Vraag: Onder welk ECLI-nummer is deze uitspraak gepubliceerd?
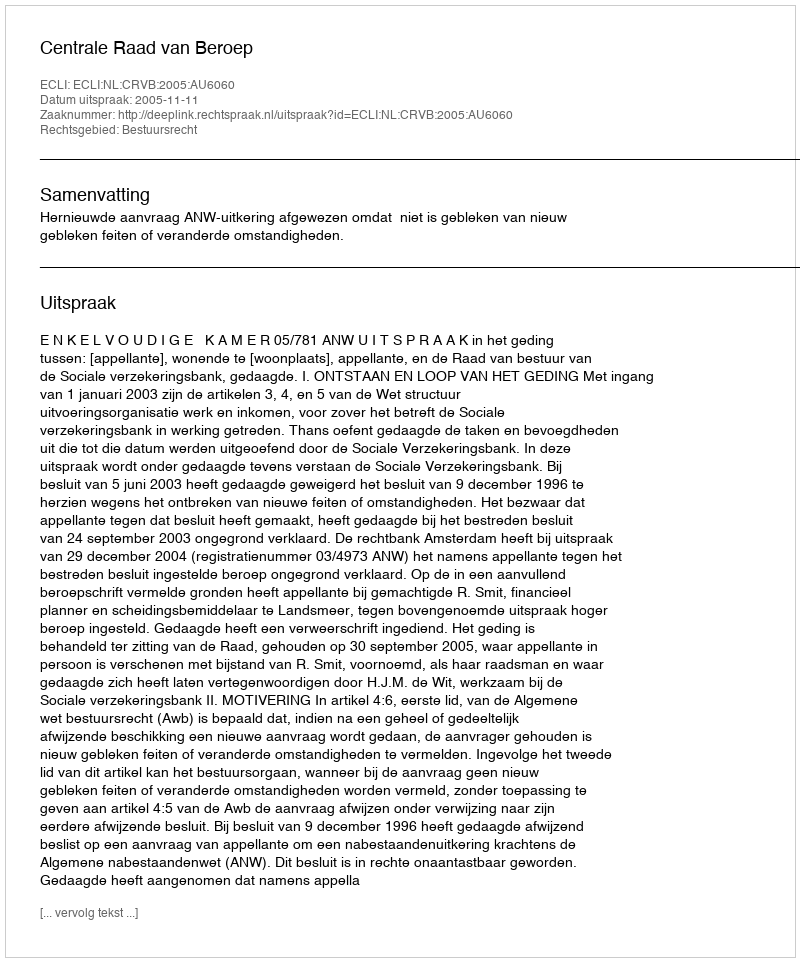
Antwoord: ECLI:NL:CRVB:2005:AU6060